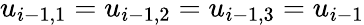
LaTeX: u_{i-1,1}=u_{i-1,2}=u_{i-1,3}=u_{i-1}